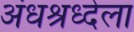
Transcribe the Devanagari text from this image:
अंधश्रध्देला